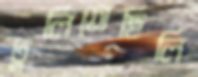
ঢুলিতেছিলি